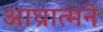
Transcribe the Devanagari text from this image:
आघ्रात्मने